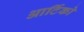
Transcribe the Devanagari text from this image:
आर्टिको